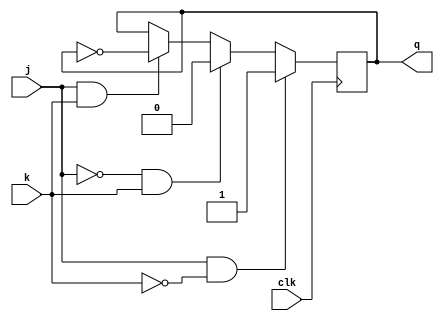
module jk_ff (
    input j, k, clk,
    output reg q
);

reg q_bar;

always @ (posedge clk) begin
    if (j & ~k) begin
        q <= 1;
    end else if (~j & k) begin
        q <= 0;
    end else if (j & k) begin
        q <= ~q;
    end
end

always @ (posedge clk) begin
    q_bar <= ~q;
end

endmodule